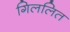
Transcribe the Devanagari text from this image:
गिललित